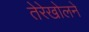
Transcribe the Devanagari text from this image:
तेरेखोलने